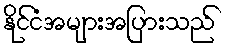
နိုင်ငံအများအပြားသည်